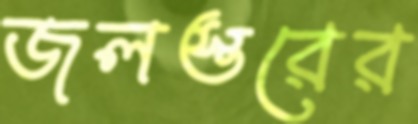
জলস্তরের